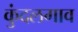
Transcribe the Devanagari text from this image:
कुंदलगाव